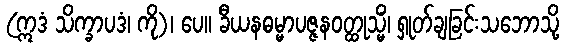
(ဣဒံ သိက္ခာပဒံ၊ ကို)၊ ပေ။ ခီယနဓမ္မာပဇ္ဇနဝတ္ထုသ္မိံ၊ ရှုတ်ချခြင်းသဘောသို့